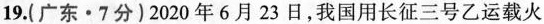
19.(广东·7分)2020年6月23日，我国用长征三号乙运载火